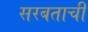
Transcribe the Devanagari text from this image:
सरबताची